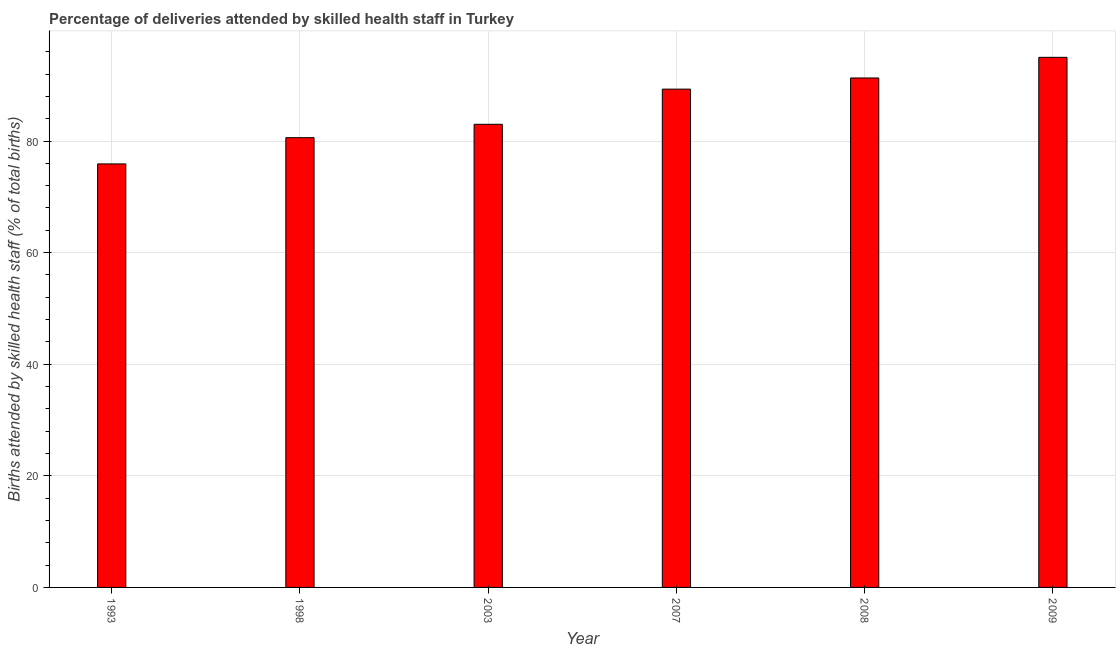
| Year | Births attended by skilled health staff |
 | --- | --- |
 | 1993 | 75.9 |
 | 1998 | 80.6 |
 | 2003 | 83 |
 | 2007 | 89.3 |
 | 2008 | 91.3 |
 | 2009 | 95 |